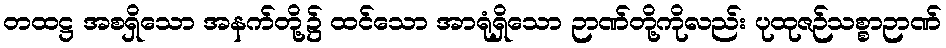
တထဋ္ဌ အစရှိသော အနက်တို့၌ ထင်သော အာရုံရှိသော ဉာဏ်တို့ကိုလည်း ပုထုဇဉ်သစ္စာဉာဏ်